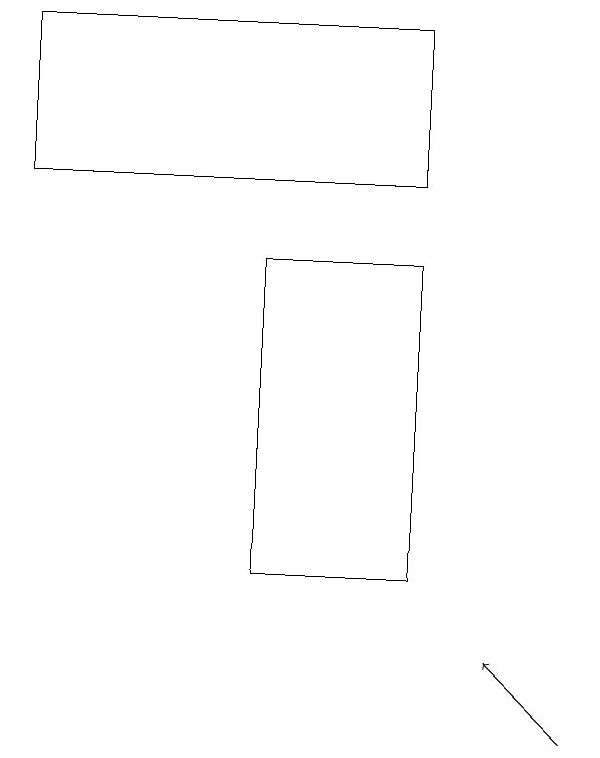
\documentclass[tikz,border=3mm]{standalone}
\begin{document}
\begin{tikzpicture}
\draw[->] (9,10) -- (8,11);
\draw (7,16) rectangle (5,12);
\draw (2,17) rectangle (7,19);
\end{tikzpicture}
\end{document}